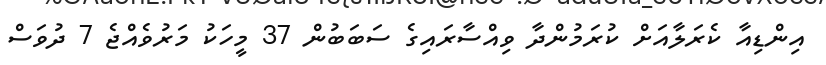
އިންޑިއާ ކެރަލާއަށް ކުރަމުންދާ ވިއްސާރައިގެ ސަބަބުން 37 މީހަކު މަރުވެއްޖެ 7 ދުވަސް